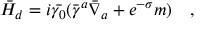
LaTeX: \bar { H } _ { d } = i \bar { \gamma _ { 0 } } ( \bar { \gamma } ^ { a } \bar { \nabla } _ { a } + e ^ { - \sigma } m ) ~ ~ ~ ,